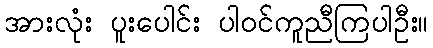
အားလုံး ပူးပေါင်း ပါဝင်ကူညီကြပါဦး။